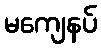
မကျေနပ်